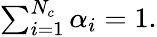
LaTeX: \begin{array}{r}{\sum_{i=1}^{N_{c}}\alpha_{i}=1.}\end{array}